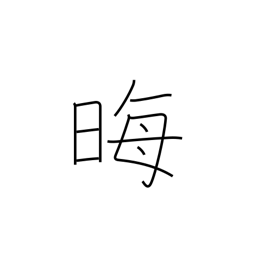
Meaning: disappear